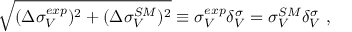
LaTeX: \sqrt { ( \Delta \sigma _ { V } ^ { e x p } ) ^ { 2 } + ( \Delta \sigma _ { V } ^ { S M } ) ^ { 2 } } \equiv \sigma _ { V } ^ { e x p } \delta _ { V } ^ { \sigma } = \sigma _ { V } ^ { S M } \delta _ { V } ^ { \sigma } ~ ,